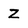
Character: Z